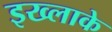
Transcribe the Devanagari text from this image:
इख्लाके